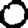
Digit: 0